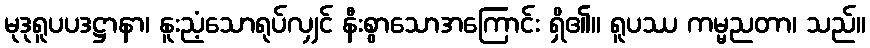
မုဒုရူပပဒဋ္ဌာနာ၊ နူးညံ့သောရုပ်လျှင် နီးစွာသောအကြောင်း ရှိ၏။ ရူပဿ ကမ္မညတာ၊ သည်။